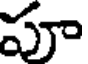
పూ